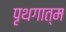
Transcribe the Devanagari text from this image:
पृथगात्म